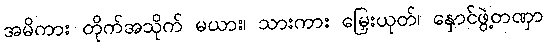
အမိကား တိုက်အသိုက် မယား၊ သားကား မြှေးယုတ်၊ နှောင်ဖွဲ့တဏှာ